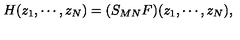
H ( z _ { 1 } , \cdots , z _ { N } ) = ( S _ { M N } F ) ( z _ { 1 } , \cdots , z _ { N } ) ,